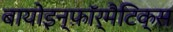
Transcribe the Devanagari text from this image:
बायोइन्फ़ॉर्मैटिक्स